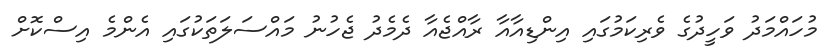
މުހައްމަދު ވަހީދުގެ ވެރިކަމުގައި އިންޑިއާއާ ރާއްޖެއާ ދެމެދު ޖެހުނު މައްސަލަތަކުގައި އެންމެ އިސްކޮށް